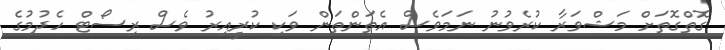
ގޮތްގޮތަށް މަޝްވަރާ ކުރެވުނު ނަމަވެސް އެތަންތަން ވަކި ކުރީއިރު ވެސް ރިސޯޓް ހެދުމުގެ